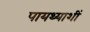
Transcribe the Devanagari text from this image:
पायथ्याशीं